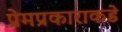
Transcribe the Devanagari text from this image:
प्रेमप्रकाराकडे